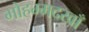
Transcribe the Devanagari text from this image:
मोहम्मदखाँ